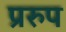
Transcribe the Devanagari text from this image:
प्ररुप